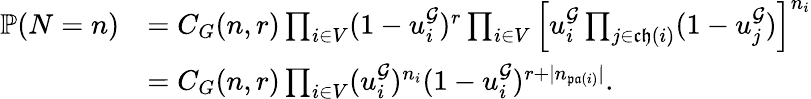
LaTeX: \begin{array}{rl}{\mathbb{P}(N=n)}&{=C_{G}(n,r)\prod_{i\in V}(1-u_{i}^{\mathcal{G}})^{r}\prod_{i\in V}\left[u_{i}^{\mathcal{G}}\prod_{j\in\mathfrak{ch}(i)}(1-u_{j}^{\mathcal{G}})\right]^{n_{i}}}\\ &{=C_{G}(n,r)\prod_{i\in V}(u_{i}^{\mathcal{G}})^{n_{i}}(1-u_{i}^{\mathcal{G}})^{r+|n_{\mathfrak{pa}(i)}|}.}\end{array}